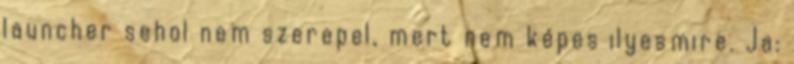
launcher sehol nem szerepel, mert nem képes ilyesmire. Ja: